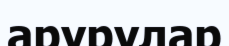
арурулар